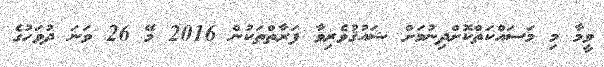
ވީމާ މި މަސައްކަތްކޮށްދިނުމަށް ޝައުޤުވެރިވާ ފަރާތްތަކުން 2016 މޭ 26 ވަނަ ދުވަހުގެ